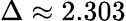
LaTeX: \Delta\approx 2.303